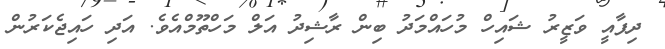
ދިފާއީ ވަޒީރު ޝައިހް މުހައްމަދު ބިން ރާޝިދު އަލް މަހްތޫމްއެވެ. އަދި ހައިޖެކަރުން